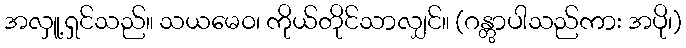
အလှူ့ရှင်သည်။ သယမေဝ၊ ကိုယ်တိုင်သာလျှင်။ (ဂန္တွာပါသည်ကား အပို၊)